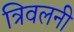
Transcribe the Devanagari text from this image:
त्रिवलनी